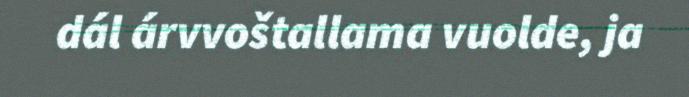
dál árvvoštallama vuolde, ja